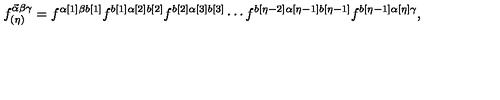
f _ { ( \eta ) } ^ { \vec { \alpha } \beta \gamma } = f ^ { \alpha [ 1 ] \beta b [ 1 ] } f ^ { b [ 1 ] \alpha [ 2 ] b [ 2 ] } f ^ { b [ 2 ] \alpha [ 3 ] b [ 3 ] } \cdots f ^ { b [ \eta - 2 ] \alpha [ \eta - 1 ] b [ \eta - 1 ] } f ^ { b [ \eta - 1 ] \alpha [ \eta ] \gamma } ,